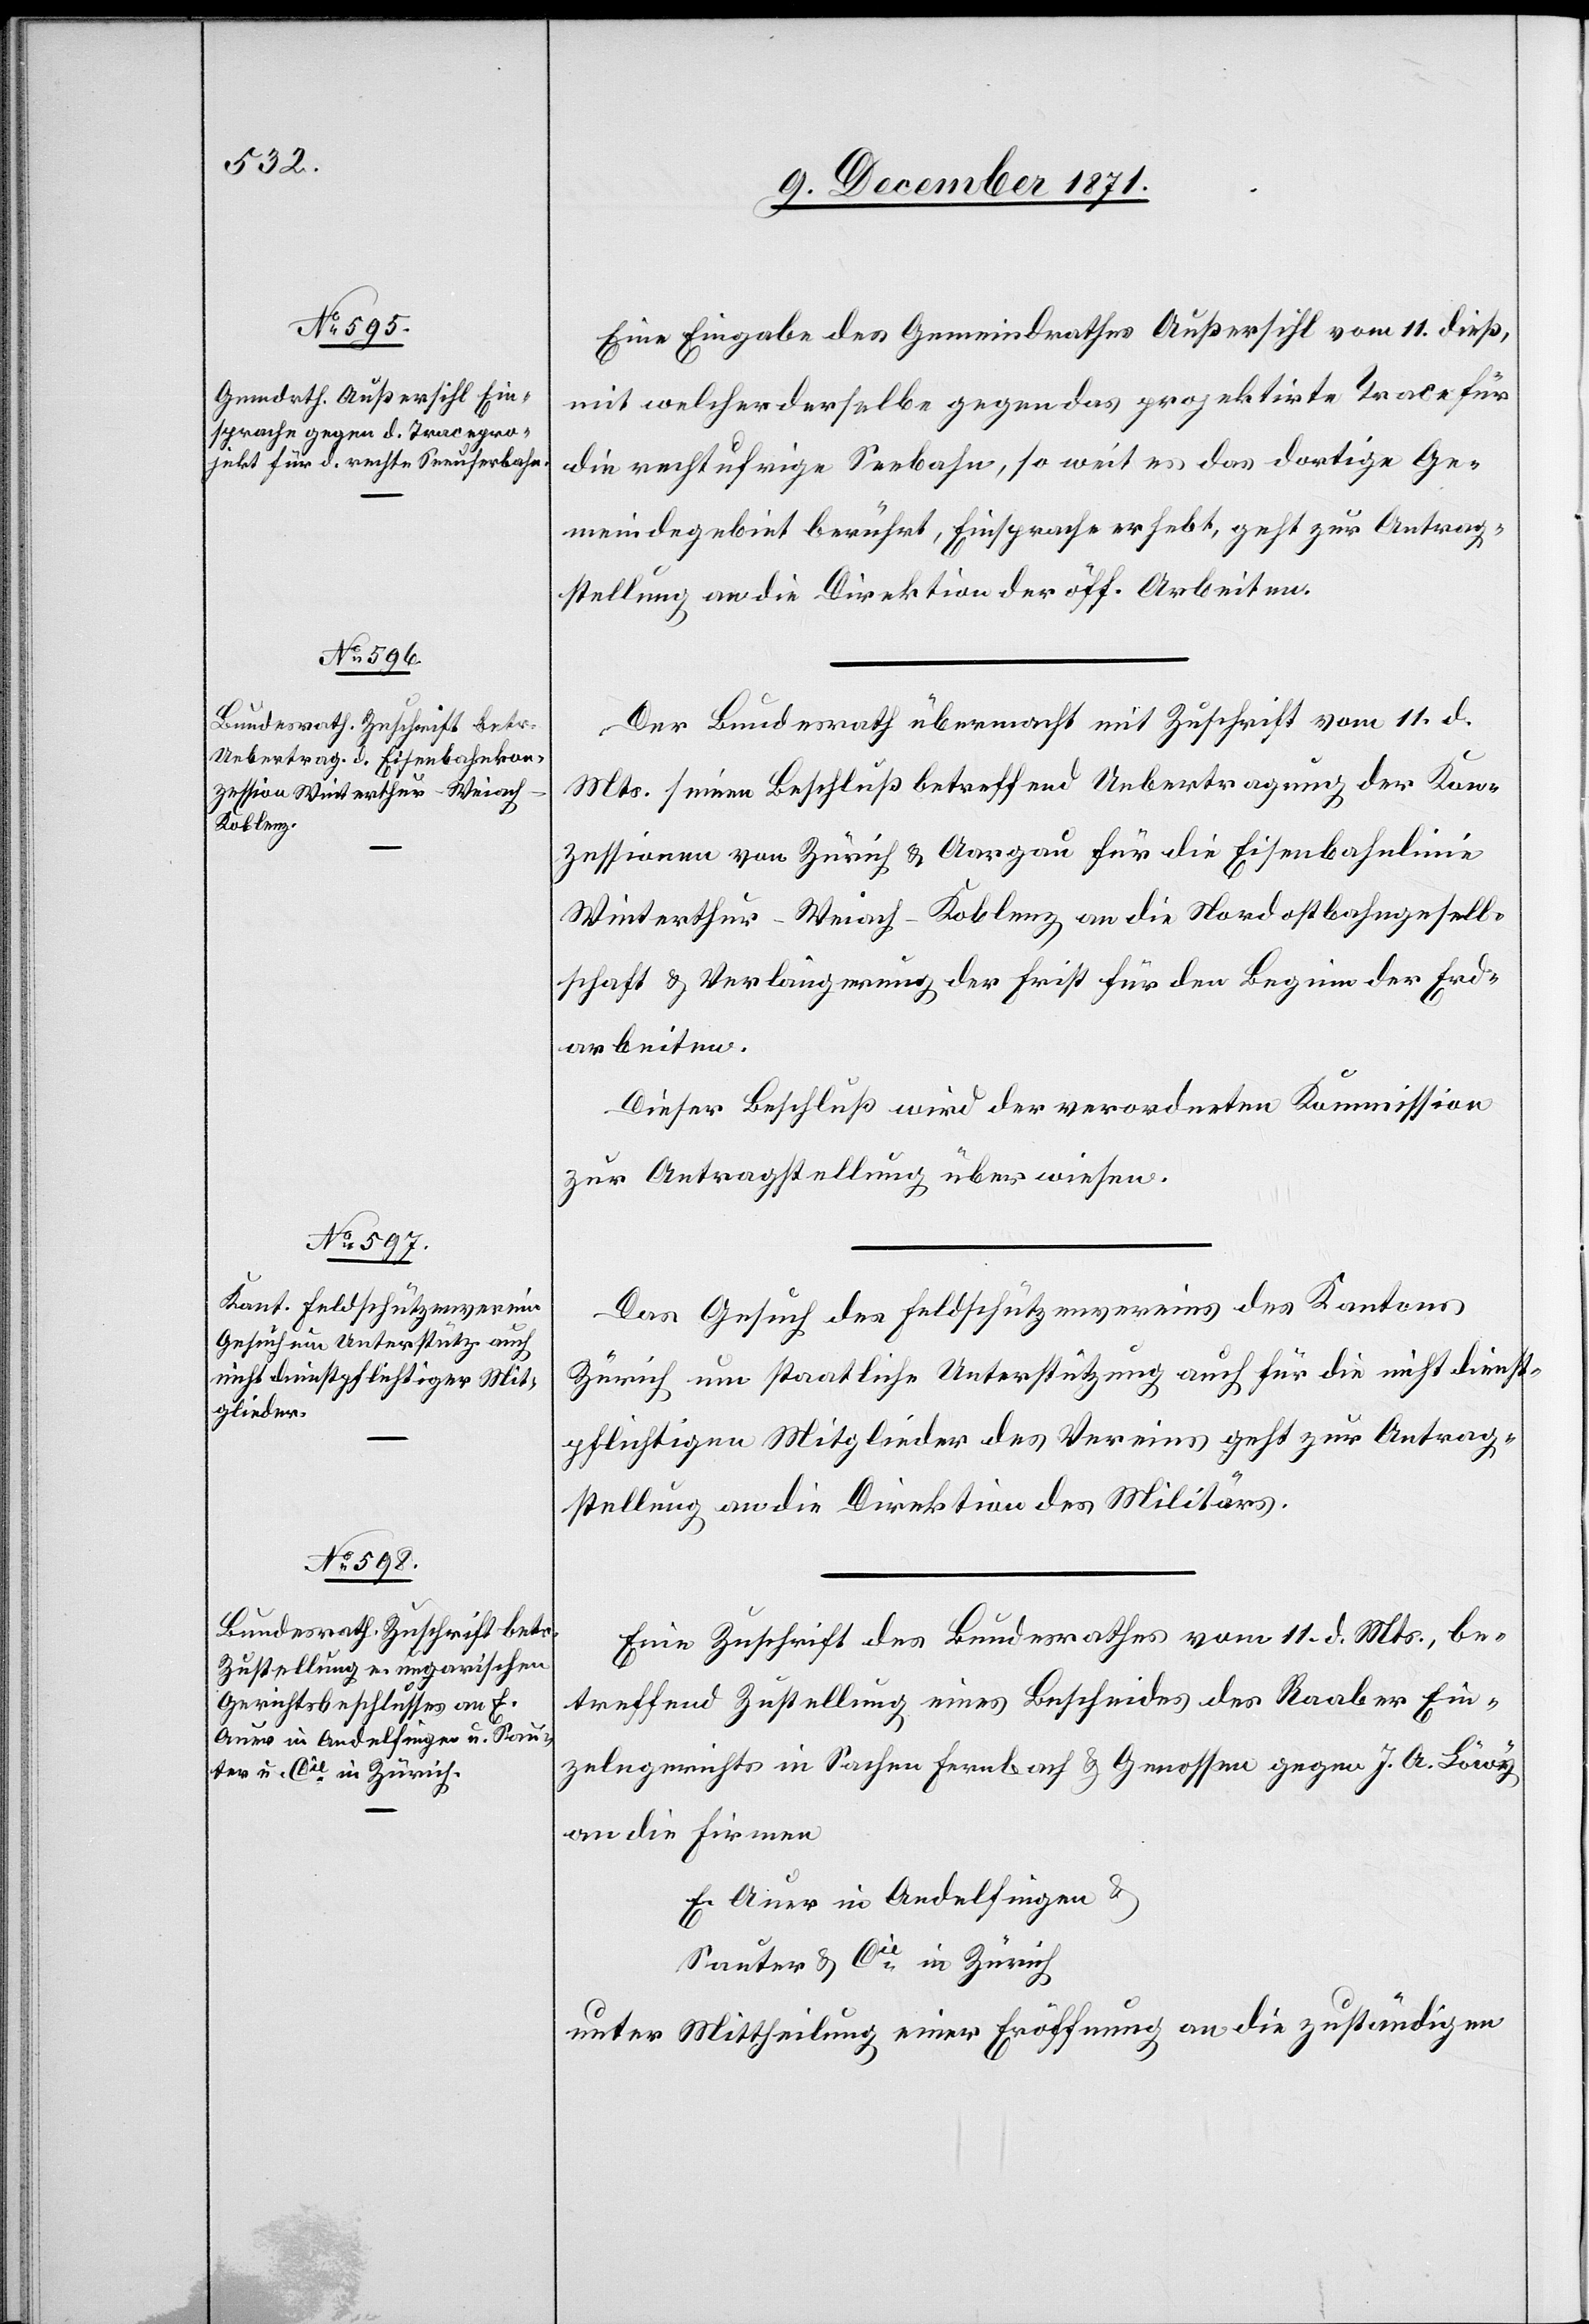
13. December 1871.]
Eine Eingabe des Gemeindrathes Außersihl vom 11. dieß,
mit welcher derselbe gegen das projektirte Trace für
die rechtufrige Seebahn, so weit es das dortige Ge¬
meindegebiet berührt, Einsprache erhebt, geht zur Antrag¬
stellung an die Direktion der öff. Arbeiten.
Der Bundesrath übermacht mit Zuschrift vom 11. d.
Mts. seinen Beschluß betreffend Uebertragung der Kon¬
zessionen von Zürich & Aargau für die Eisenbahnlinie
Winterthur–Weiach–Koblenz an die Nordostbahngesell¬
schaft & Verlängerung der Frist für den Beginn der Erd¬
arbeiten.
Dieser Beschluß wird der verordneten Kommission
zur Antragstellung überwiesen.
Das Gesuch des Feldschützenvereins des Kantons
Zürich um staatliche Unterstützung auch für die nicht dienst¬
pflichtigen Mitglieder des Vereins geht zur Antrag¬
stellung an die Direktion des Militärs.
Eine Zuschrift des Bundesrathes vom 11. d. Mts., be¬
treffend Zustellung eines Bescheides des Raaber Ein¬
zelngerichts in Sachen Fernbach & Genossen gegen J. A. Löwy
an die Firmen
E. Auer in Andelfingen &
Sauter & Cie. in Zürich
unter Mittheilung einer Eröffnung an die zuständigen